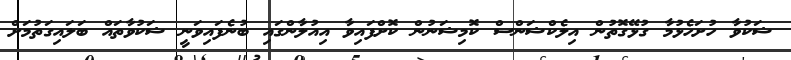
ޝަކުވާ ހުށަހެޅުމާ ގުޅޭގޮތުން އިލެކްޝަންސް ކޮމިޝަނުން ކޮށްފައިވާ އިއުލާންގައި ބުނެފައިވަނީ ޝަކުވާތައް ބަލައިގަތުމަށް